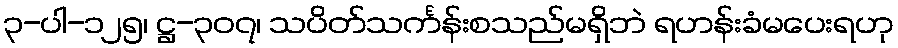
၃-ပါ-၁၂၅၊ ဋ္ဌ-၃၀၇၊ သပိတ်သင်္ကန်းစသည်မရှိဘဲ ရဟန်းခံမပေးရဟု